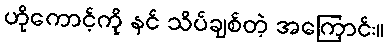
ဟိုကောင့်ကို နင် သိပ်ချစ်တဲ့ အကြောင်း။